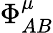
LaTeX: \Phi_{AB}^{\mu}